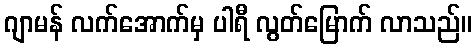
ဂျာမန် လက်အောက်မှ ပါရီ လွတ်မြောက် လာသည်။